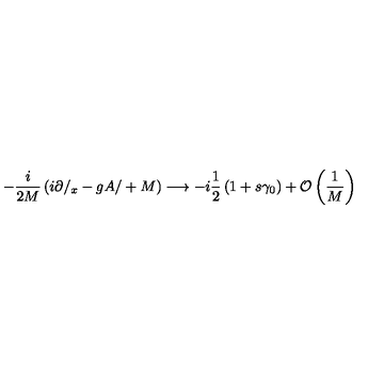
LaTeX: - \frac { i } { 2 M } \left( i \partial / _ { x } - g { A / } + M \right) \longrightarrow - i \frac { 1 } { 2 } \left( 1 + s \gamma _ { 0 } \right) + { \cal O } \left( \frac { 1 } { M } \right)